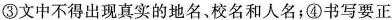
③文中不得出现真实的地名、校名和人名；④书写要正